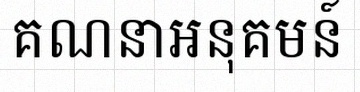
គណនាអនុគមន៍